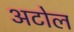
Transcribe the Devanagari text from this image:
अटोल